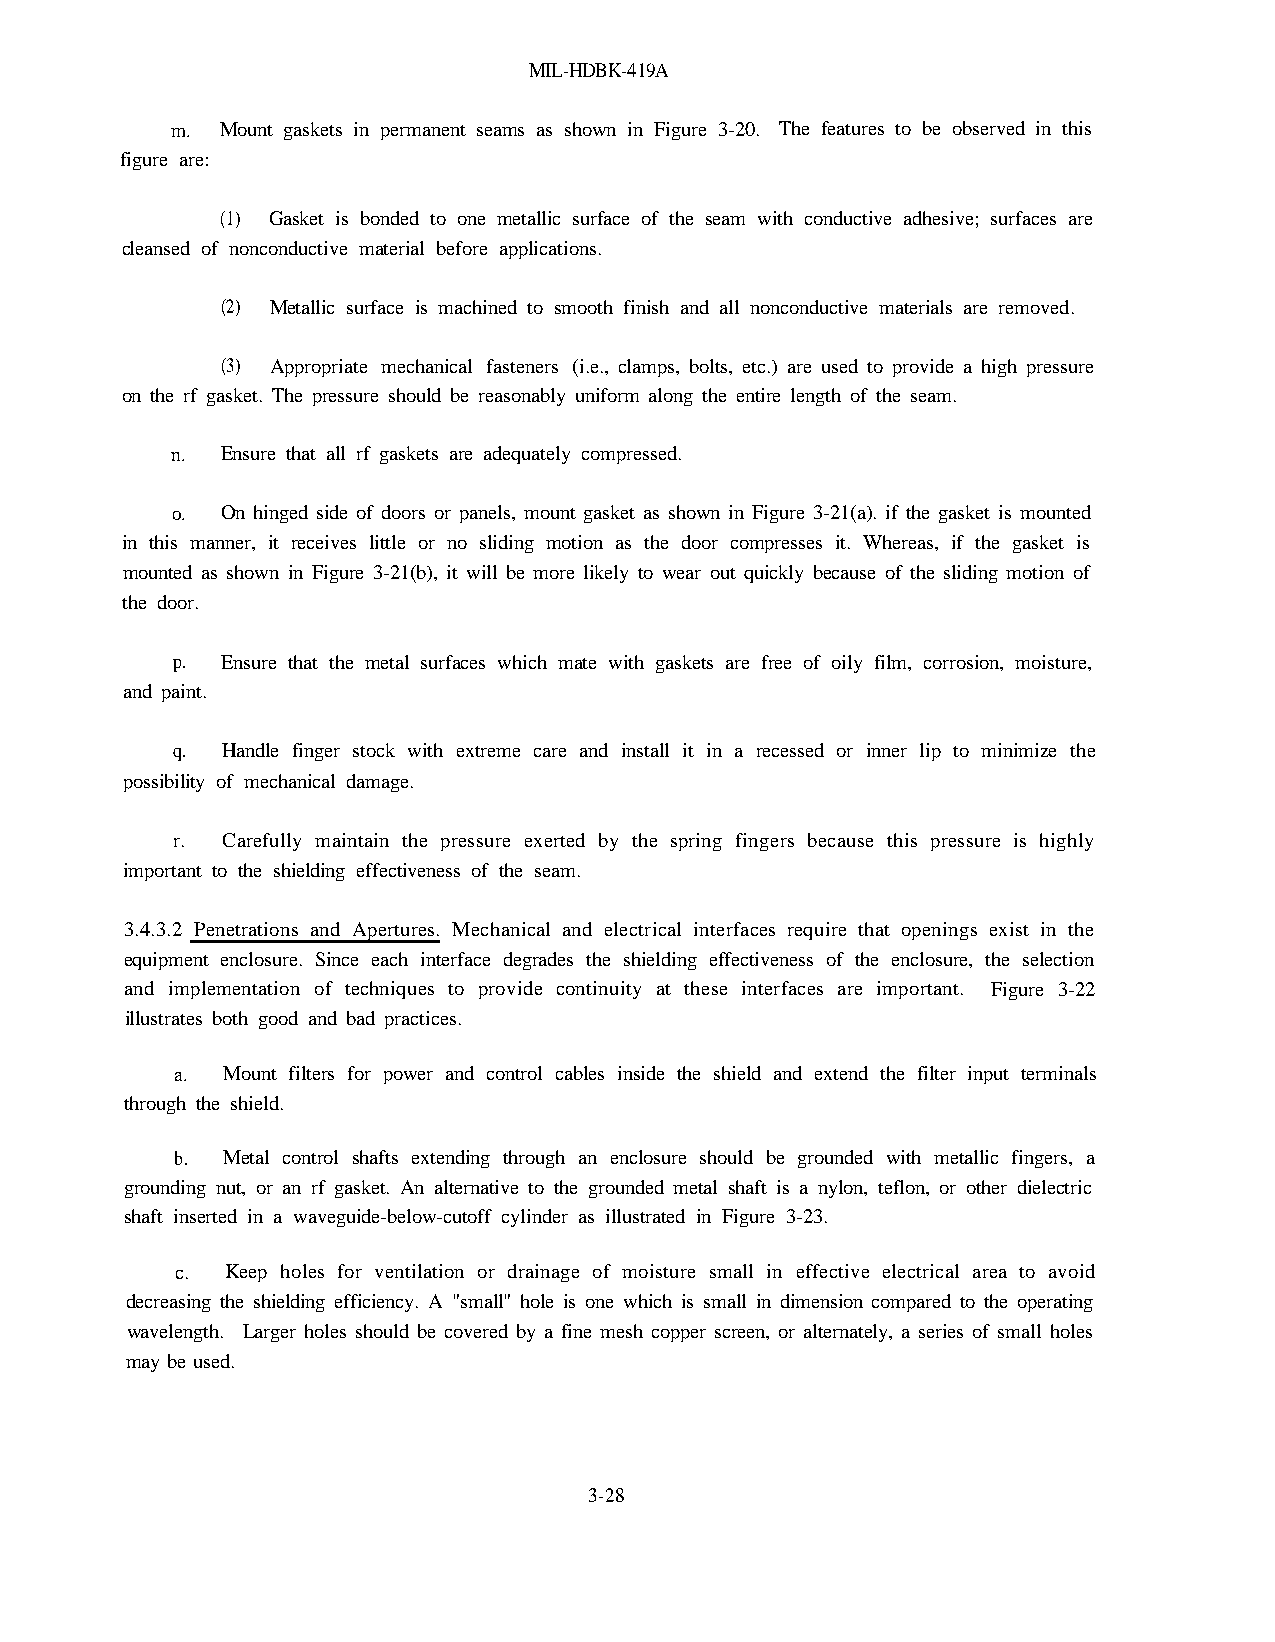
MIL-HDBK-419A
 m.  Mount gaskets in permanent seams as shown in Figure 3-20. The features to be observed in this
 figure are:
 (1) Gasket is bonded to one metallic surface of the seam with conductive adhesive; surfaces are
 cleansed of nonconductive material before applications.
 (2) Metallic surface is machined to smooth finish and all nonconductive materials are removed.
 (3) Appropriate mechanical fasteners (i.e., clamps, bolts, etc.) are used to provide a high pressure
 on the rf gasket. The pressure should be reasonably uniform along the entire length of the seam.
 n.  Ensure that all rf gaskets are adequately compressed.
 o.  On hinged side of doors or panels, mount gasket as shown in Figure 3-21(a). if the gasket is mounted
 in this manner, it receives little or no sliding motion as the door compresses it. Whereas, if the gasket is
 mounted as shown in Figure 3-21(b), it will be more likely to wear out quickly because of the sliding motion of
 the door.
 p.  Ensure that the metal surfaces which mate with gaskets are free of oily film, corrosion, moisture,
 and paint.
 q.  Handle finger stock with extreme care and install it in a recessed or inner lip to minimize the
 possibility of mechanical damage.
 r.  Carefully maintain the pressure exerted by the spring fingers because this pressure is highly
 important to the shielding effectiveness of the seam.
 3.4.3.2 Penetrations and Apertures. Mechanical and electrical interfaces require that openings exist in the
 equipment enclosure. Since each interface degrades the shielding effectiveness of the enclosure, the selection
 and implementation of techniques to provide continuity at these interfaces are important. Figure 3-22
 illustrates both good and bad practices.
 a. Mount filters for power and control cables inside the shield and extend the filter input terminals
 through the shield.
 b. Metal control shafts extending through an enclosure should be grounded with metallic fingers, a
 grounding nut, or an rf gasket. An alternative to the grounded metal shaft is a nylon, teflon, or other dielectric
 shaft inserted in a waveguide-below-cutoff cylinder as illustrated in Figure 3-23.
 c. Keep holes for ventilation or drainage of moisture small in effective electrical area to avoid
 decreasing the shielding efficiency. A "small" hole is one which is small in dimension compared to the operating
 wavelength. Larger holes should be covered by a fine mesh copper screen, or alternately, a series of small holes
 may be used.
 3-28